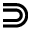
\Supset